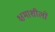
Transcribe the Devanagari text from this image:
क्षमाशीलों